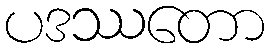
ပဒဿတော